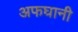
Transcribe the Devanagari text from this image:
अफघानी